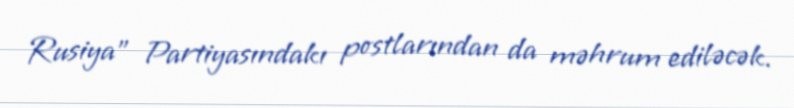
Rusiya” Partiyasındakı postlarından da məhrum ediləcək.